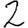
Digit: 2